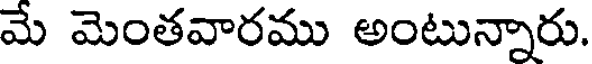
మే మెంతవారము అంటున్నారు.